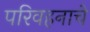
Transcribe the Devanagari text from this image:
परिवहनाचे